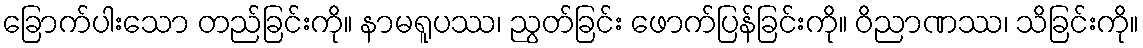
ခြောက်ပါးသော တည်ခြင်းကို။ နာမရူပဿ၊ ညွတ်ခြင်း ဖောက်ပြန်ခြင်းကို။ ဝိညာဏဿ၊ သိခြင်းကို။